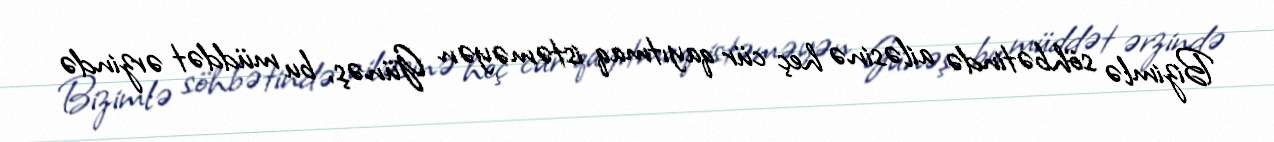
Bizimlə söhbətində ailəsinə heç cür qayıtmaq istəməyən Günəş, bu müddət ərzində